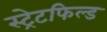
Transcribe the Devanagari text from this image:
स्ट्रेटफिल्ड